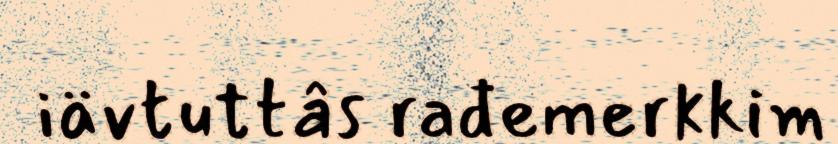
iävtuttâs rađemerkkim